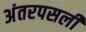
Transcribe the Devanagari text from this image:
अंतरपसली